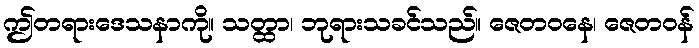
ဤတရားဒေသနာကို။ သတ္ထာ၊ ဘုရားသခင်သည်။ ဇေတဝနေ၊ ဇေတဝန်